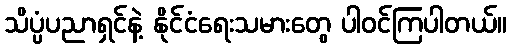
သိပ္ပံပညာရှင်နဲ့ နိုင်ငံရေးသမားတွေ ပါဝင်ကြပါတယ်။